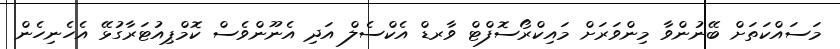
މަސައްކަތަށް ބޭނުންވާ މިންވަރަށް މައިކްރޯސޮފްޓް ވާރޑް އެކްސެލް އަދި އެނޫންވެސް ކޮމްޕިއުޓަރާގުޅޭ އެހެނިހެން